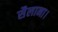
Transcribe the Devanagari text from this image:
सैलाना।